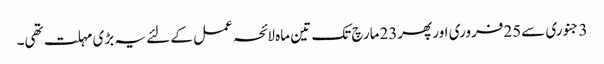
3 جنوری سے25فروری اور پھر23مارچ تک تین ماہ لائحہ عمل کے لئے یہ بڑی مہلت تھی۔